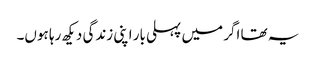
یہ تھا اگر میں پہلی بار اپنی زندگی دیکھ رہا ہوں۔